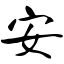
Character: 安